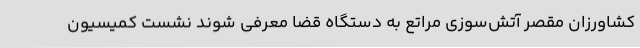
کشاورزان مقصر آتش‌سوزی مراتع به دستگاه قضا معرفی شوند نشست کمیسیون